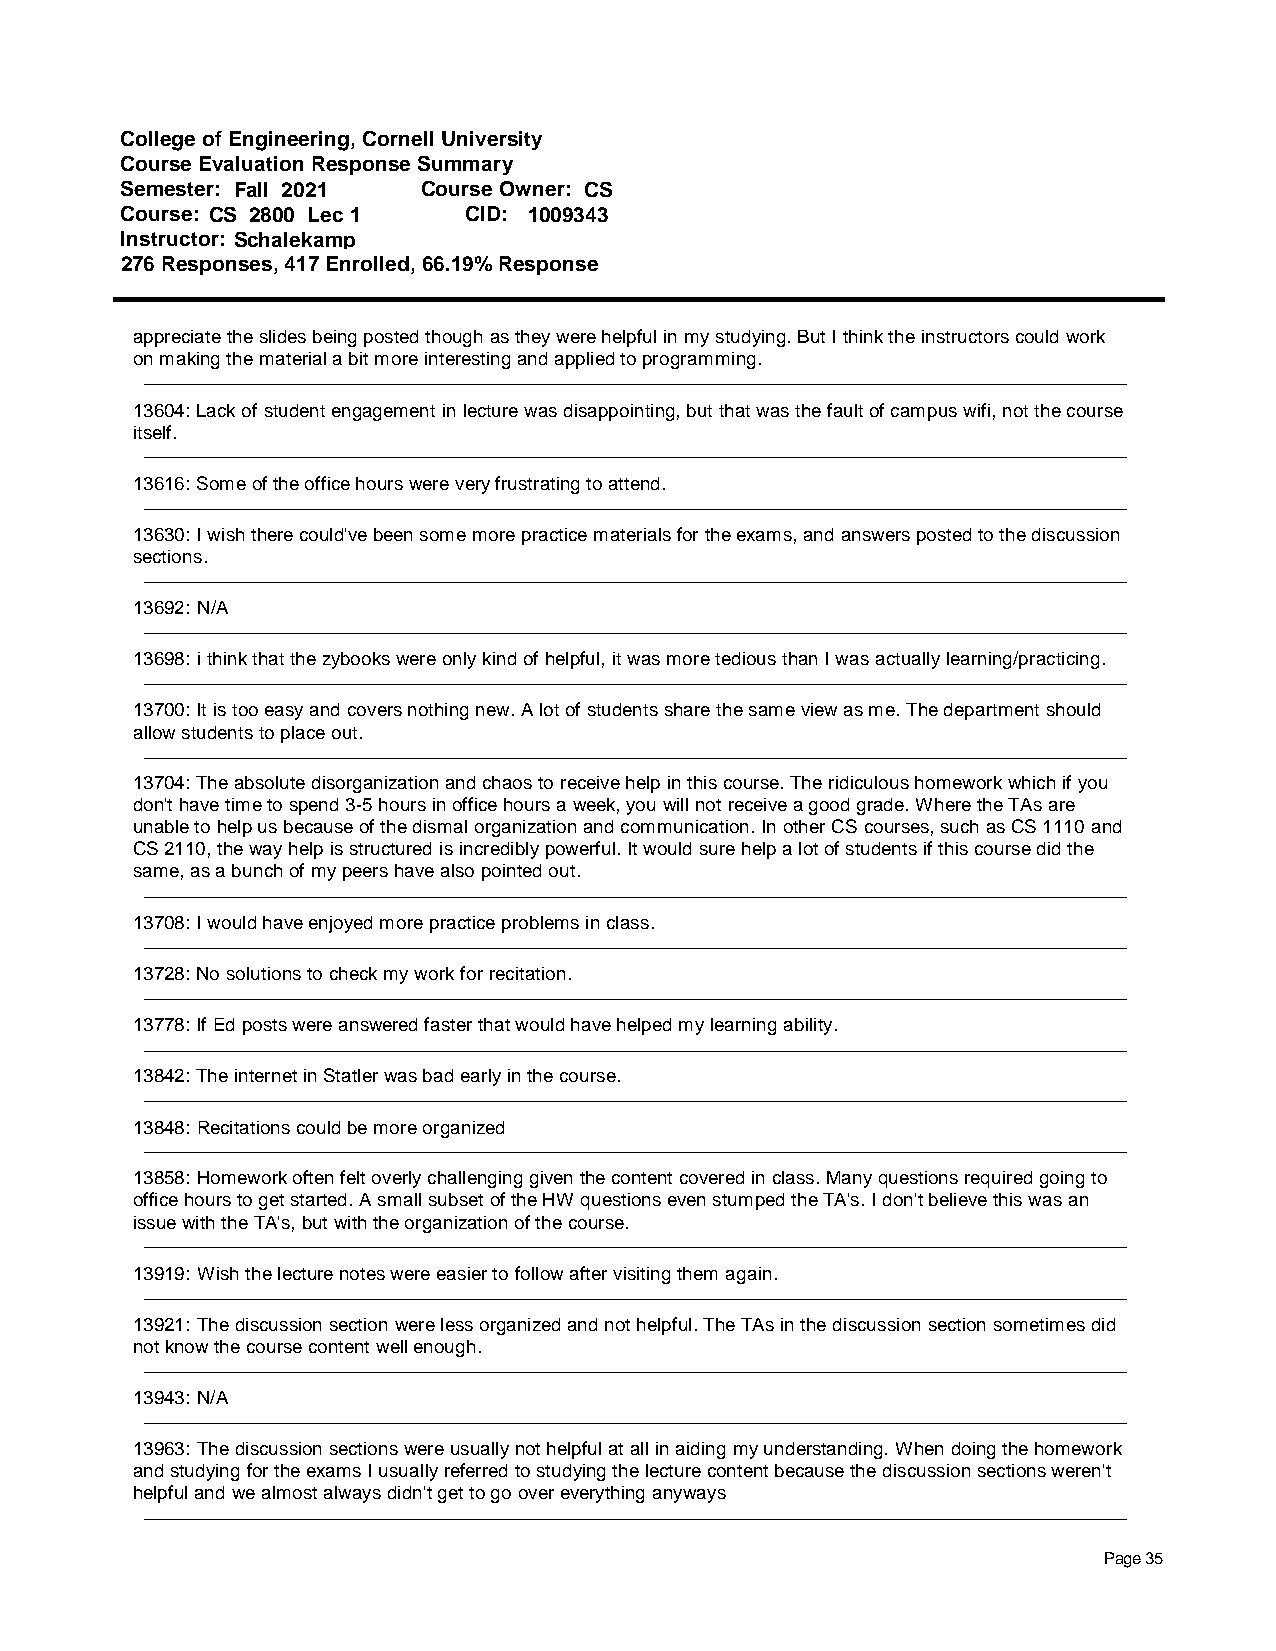
College of Engineering, Cornell University
 Course Evaluation Response Summary
 Semester: Fall 2021 Course Owner: CS
 Course: CS 2800 Lec 1  CID: 1009343
 Instructor: Schalekamp
 276 Responses, 417 Enrolled, 66.19% Response
 appreciate the slides being posted though as they were helpful in my studying. But I think the instructors could work
 on making the material a bit more interesting and applied to programming.
 13604: Lack of student engagement in lecture was disappointing, but that was the fault of campus wifi, not the course
 itself.
 13616: Some of the office hours were very frustrating to attend.
 13630: I wish there could've been some more practice materials for the exams, and answers posted to the discussion
 sections.
 13692: N/A
 13698: i think that the zybooks were only kind of helpful, it was more tedious than I was actually learning/practicing.
 13700: It is too easy and covers nothing new. A lot of students share the same view as me. The department should
 allow students to place out.
 13704: The absolute disorganization and chaos to receive help in this course. The ridiculous homework which if you
 don't have time to spend 3-5 hours in office hours a week, you will not receive a good grade. Where the TAs are
 unable to help us because of the dismal organization and communication. In other CS courses, such as CS 1110 and
 CS 2110, the way help is structured is incredibly powerful. It would sure help a lot of students if this course did the
 same, as a bunch of my peers have also pointed out.
 13708: I would have enjoyed more practice problems in class.
 13728: No solutions to check my work for recitation.
 13778: If Ed posts were answered faster that would have helped my learning ability.
 13842: The internet in Statler was bad early in the course.
 13848: Recitations could be more organized
 13858: Homework often felt overly challenging given the content covered in class. Many questions required going to
 office hours to get started. A small subset of the HW questions even stumped the TA's. I don't believe this was an
 issue with the TA's, but with the organization of the course.
 13919: Wish the lecture notes were easier to follow after visiting them again.
 13921: The discussion section were less organized and not helpful. The TAs in the discussion section sometimes did
 not know the course content well enough.
 13943: N/A
 13963: The discussion sections were usually not helpful at all in aiding my understanding. When doing the homework
 and studying for the exams I usually referred to studying the lecture content because the discussion sections weren't
 helpful and we almost always didn't get to go over everything anyways
 Page 35